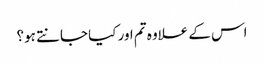
اس کے علاوہ تم اور کیا جانتے ہو؟